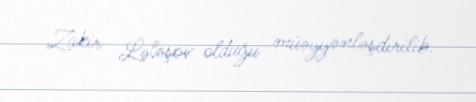
Zakir Lələşov olduğu müəyyənləşdirilib.